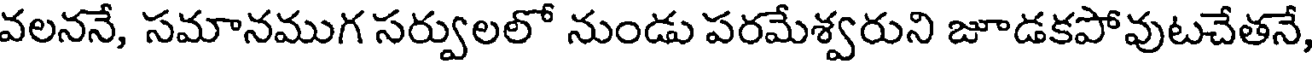
వలననే, సమానముగ సర్వులలో నుండు పరమేశ్వరుని జూడకపోవుటచేతనే,